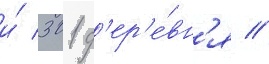
и́ 301 д'ер'е́вн'я //